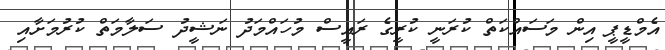
އެމްޑީޕީ އިން މަސައްކަތް ކުރަނީ ކުރީގެ ރައީސް މުހައްމަދު ނަޝީދު ސަލާމަތް ކުރުމަށާއި